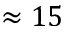
\approx 1 5